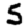
Digit: 5